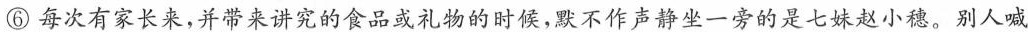
⑥每次有家长来，并带来讲究的食品或礼物的时候，默不作声静坐一旁的是七妹赵小穗。别人喊